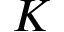
\b { K }